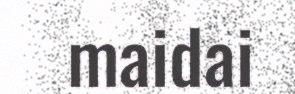
maidai